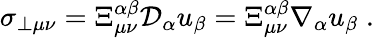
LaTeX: \sigma_{\perp\mu\nu}=\Xi_{\mu\nu}^{\alpha\beta}\mathcal{D}_{\alpha}u_{\beta}=\Xi_{\mu\nu}^{\alpha\beta}\nabla_{\alpha}u_{\beta}\; .